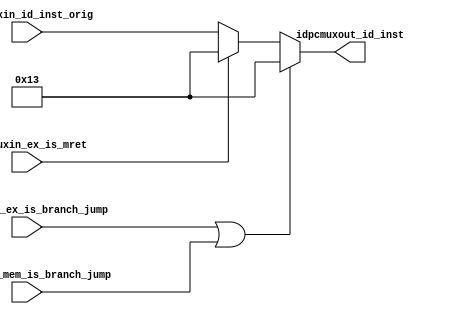
module ID_INST_MUX (
    input [31:0] idpcmuxin_id_inst_orig,
    input idpcmuxin_ex_is_branch_jump,
    input idpcmuxin_mem_is_branch_jump,
    input idpcmuxin_ex_is_mret,

    output [31:0] idpcmuxout_id_inst
);

    reg [31:0] idpcmuxout_id_inst_reg;

    always @(*)
        begin
            if (idpcmuxin_ex_is_branch_jump || idpcmuxin_mem_is_branch_jump)
                idpcmuxout_id_inst_reg = 32'h00000013;
            else if(idpcmuxin_ex_is_mret) begin
                idpcmuxout_id_inst_reg = 32'h00000013;
            end else begin
                idpcmuxout_id_inst_reg = idpcmuxin_id_inst_orig;
            end
        end

    assign idpcmuxout_id_inst = idpcmuxout_id_inst_reg;

endmodule